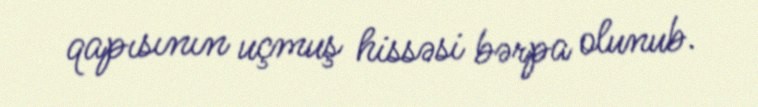
qapısının uçmuş hissəsi bərpa olunub.